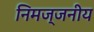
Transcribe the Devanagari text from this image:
निमज्जनीय